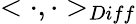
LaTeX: <\cdot,\cdot>_{Diff}